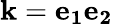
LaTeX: \mathbf{k}=\mathbf{e_{1}}\mathbf{e_{2}}